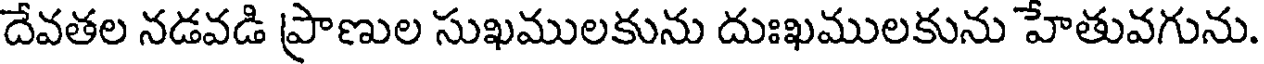
దేవతల నడవడి ప్రాణుల సుఖములకును దుఃఖములకును హేతువగును.